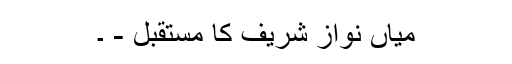
میاں نواز شریف کا مستقبل - ۔